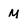
Character: M